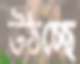
উঠচ্ছে